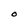
Character: O